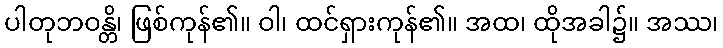
ပါတုဘဝန္တိ၊ ဖြစ်ကုန်၏။ ဝါ၊ ထင်ရှားကုန်၏။ အထ၊ ထိုအခါ၌။ အဿ၊